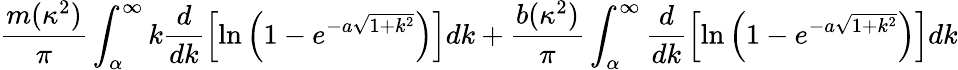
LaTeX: \frac{m(\kappa^{2})}{\pi}\int_{\alpha}^{\infty}k\frac{d}{dk}\left[\ln\left(1-e^{-a\sqrt{1+k^{2}}}\right)\right]dk+\frac{b(\kappa^{2})}{\pi}\int_{\alpha}^{\infty}\frac{d}{dk}\left[\ln\left(1-e^{-a\sqrt{1+k^{2}}}\right)\right]dk